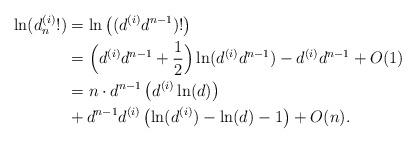
LaTeX: \begin{align*}\ln(d_n^{(i)}!) &= \ln\left( (d^{(i)}d^{n-1})! \right) \\&= \Big(d^{(i)}d^{n-1} + \frac{1}{2}\Big) \ln(d^{(i)}d^{n-1}) - d^{(i)}d^{n-1}+ O(1)\\&= n \cdot d^{n-1} \left( d^{(i)} \ln(d) \right) \\& + d^{n-1} d^{(i)} \left( \ln(d^{(i)}) - \ln(d) -1 \right) + O(n).\end{align*}